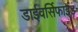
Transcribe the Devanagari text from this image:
डाईवर्सिफाईड